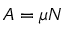
A = \mu N